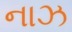
નાઝ